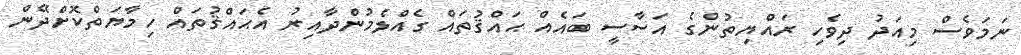
ނަމަވެސް މިއަދު ދިވެހި ރައްޔިތުންގެ އަސާސީ ބައެއް ޙައްޤުތައް ގެއްލެމުންދާއިރު އެޙައްޤުތައް ހިމާޔަތްކޮށްދޭން